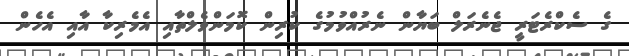
ގެ ސެކްރެޓަރީ ޖެނެރަލް ބަޔާން ނެރުއްވުމުގެ ކުރިން ކޮމަންވެލްތާއި އެމެރިކާ އާއި އެހެން